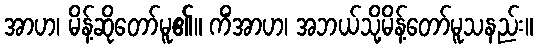
အာဟ၊ မိန့်ဆိုတော်မူ၏။ ကိံအာဟ၊ အဘယ်သို့မိန့်တော်မူသနည်း။